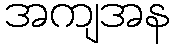
အကျအန